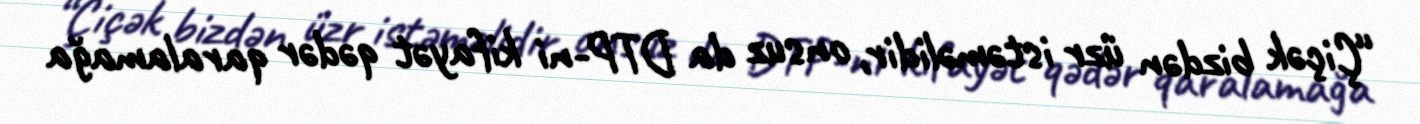
“Çiçək bizdən üzr istəməlidir, onsuz da DTP-ni kifayət qədər qaralamağa